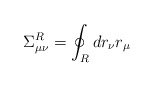
\begin{align*}\Sigma_{\mu\nu}^R = \oint_R d r_{\nu}r_{\mu}\end{align*}